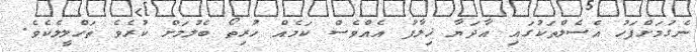
ނެގުމަށްފަހު އެސެލްތަކުގައި އާދަޔާ ޚިލާފު އެއްވެސް ކަމެއް ހުރިތޯ ބެލުމަށް ކުރެވެ ތަހްލީލެކެވެ.